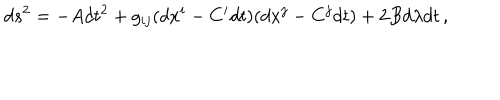
d s ^ { 2 } = - A d t ^ { 2 } + g _ { i j } ( d x ^ { i } - C ^ { i } d t ) ( d x ^ { j } - C ^ { j } d t ) + 2 B d \lambda d t \, ,